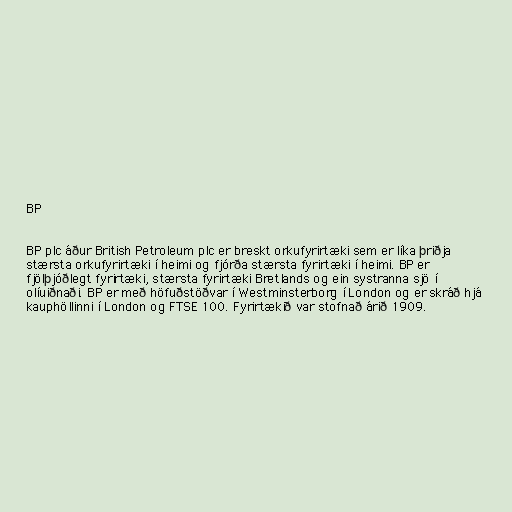
BP

BP plc áður British Petroleum plc er breskt orkufyrirtæki sem er líka þriðja
stærsta orkufyrirtæki í heimi og fjórða stærsta fyrirtæki í heimi. BP er
fjölþjóðlegt fyrirtæki, stærsta fyrirtæki Bretlands og ein systranna sjö í
olíuiðnaði. BP er með höfuðstöðvar í Westminsterborg í London og er skráð hjá
kauphöllinni í London og FTSE 100. Fyrirtækið var stofnað árið 1909.